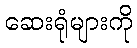
ဆေးရုံများကို